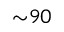
{ \sim } 9 0